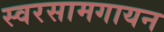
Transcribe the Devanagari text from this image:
स्वरसामगायन